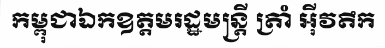
កម្ពុជាឯកឧត្តមរដ្ឋមន្ត្រី ត្រាំ អ៊ីវតឹក